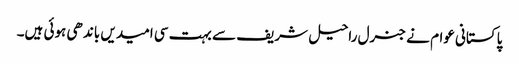
پاکستانی عوام نے جنرل راحیل شریف سے بہت سی امیدیں باندھی ہوئی ہیں۔